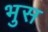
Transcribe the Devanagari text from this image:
भुस